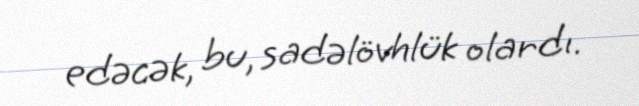
edəcək, bu, sadəlövhlük olardı.